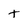
Character: t